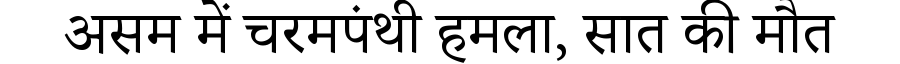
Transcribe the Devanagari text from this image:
असम में चरमपंथी हमला, सात की मौत